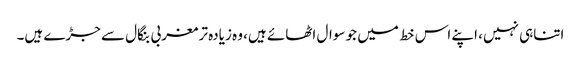
اتناہی نہیں، اپنے اس خط میں جو سوال اٹھائے ہیں، وہ زیادہ تر مغربی بنگال سے جڑے ہیں۔